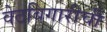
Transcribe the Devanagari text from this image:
वेठबिगारीची